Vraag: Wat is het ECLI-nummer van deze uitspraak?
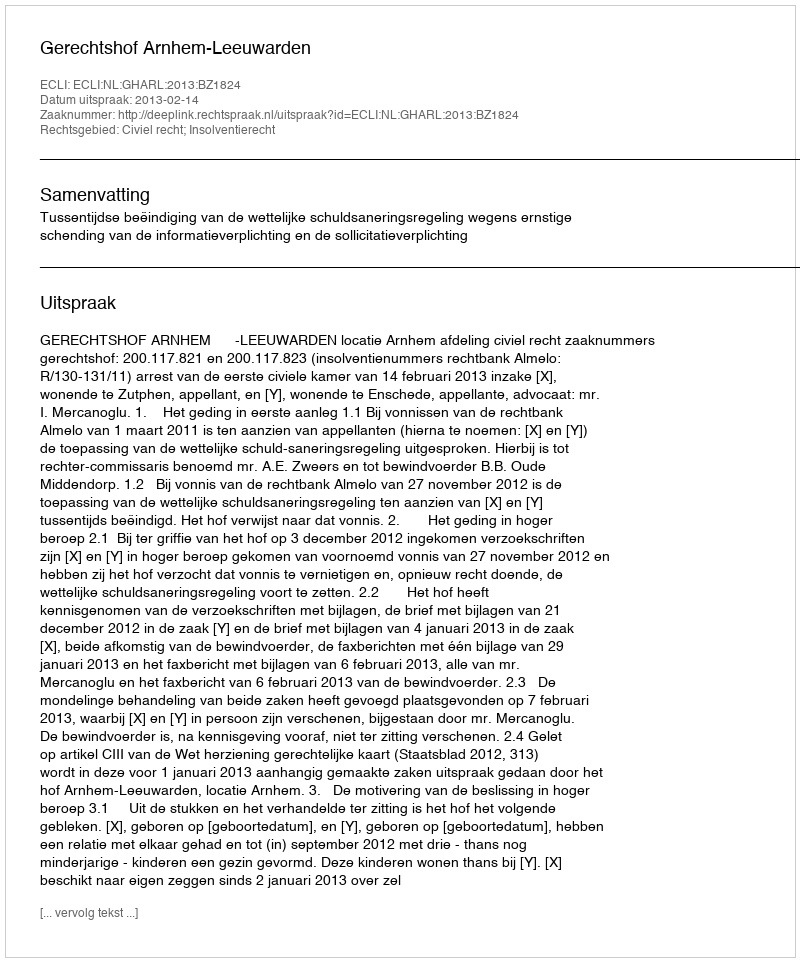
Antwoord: ECLI:NL:GHARL:2013:BZ1824